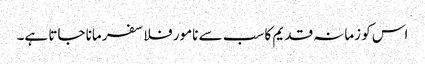
اس کو زمانہ قدیم کا سب سے نامور فلاسفر مانا جاتا ہے۔